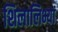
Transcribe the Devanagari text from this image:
शिलालिभ्यां